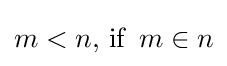
m<n{\text{, if }}\,m\in n